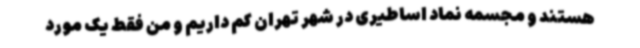
هستند و مجسمه نماد اساطیری در شهر تهران کم داریم و من فقط یک مورد